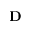
\mathbf { D }